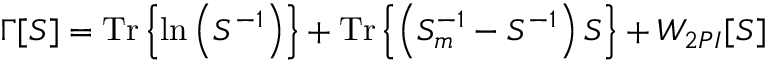
\Gamma [ S ] = \mathrm { T r } \left\{ \ln \left( S ^ { - 1 } \right) \right\} + \mathrm { T r } \left\{ \left( S _ { m } ^ { - 1 } - S ^ { - 1 } \right) S \right\} + W _ { 2 P I } [ S ]